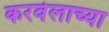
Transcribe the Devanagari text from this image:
करवेलाच्या